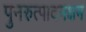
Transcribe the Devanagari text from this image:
पुनरुत्पादनक्षम